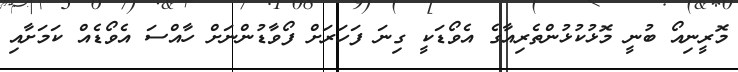
މޮރީނިއޯ ބުނީ މޮޅުކުޅުންތެރިއާގެ އެވޯޑަކީ ގިނަ ފަހަރަށް ފޯވާޑުންނަށް ހާއްސަ އެވޯޑެއް ކަމަށާއި